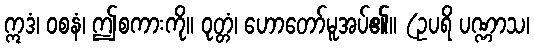
ဣဒံ၊ ဝစနံ၊ ဤစကားကို။ ဝုတ္တံ၊ ဟောတော်မူအပ်၏။ (ဥပရိ ပဏ္ဏာသ၊